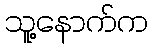
သူ့နောက်က